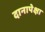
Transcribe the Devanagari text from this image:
दानापेक्षा